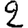
Digit: 2